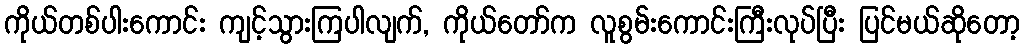
ကိုယ်တစ်ပါးကောင်း ကျင့်သွားကြပါလျက်, ကိုယ်တော်က လူစွမ်းကောင်းကြီးလုပ်ပြီး ပြင်မယ်ဆိုတော့